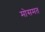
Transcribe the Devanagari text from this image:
मोसमत